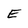
Character: E